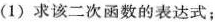
(1)求该二次函数的表达式；